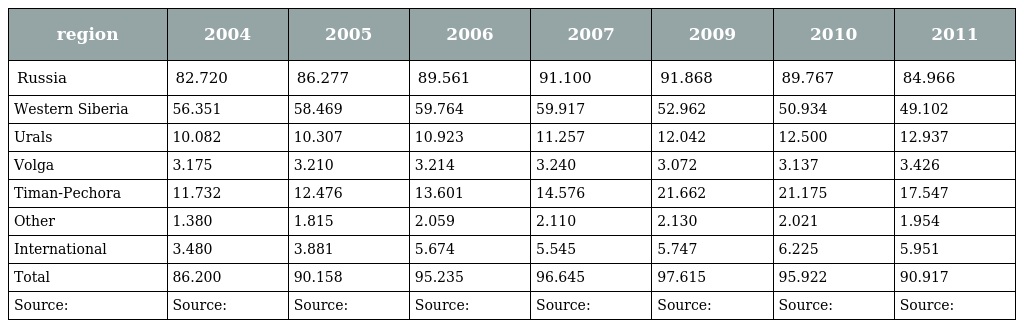
| region | 2004 | 2005 | 2006 | 2007 | 2009 | 2010 | 2011 |
 | --- | --- | --- | --- | --- | --- | --- | --- |
 | Russia | 82.720 | 86.277 | 89.561 | 91.100 | 91.868 | 89.767 | 84.966 |
 | Western Siberia | 56.351 | 58.469 | 59.764 | 59.917 | 52.962 | 50.934 | 49.102 |
 | Urals | 10.082 | 10.307 | 10.923 | 11.257 | 12.042 | 12.500 | 12.937 |
 | Volga | 3.175 | 3.210 | 3.214 | 3.240 | 3.072 | 3.137 | 3.426 |
 | Timan-Pechora | 11.732 | 12.476 | 13.601 | 14.576 | 21.662 | 21.175 | 17.547 |
 | Other | 1.380 | 1.815 | 2.059 | 2.110 | 2.130 | 2.021 | 1.954 |
 | International | 3.480 | 3.881 | 5.674 | 5.545 | 5.747 | 6.225 | 5.951 |
 | Total | 86.200 | 90.158 | 95.235 | 96.645 | 97.615 | 95.922 | 90.917 |
 | Source: | Source: | Source: | Source: | Source: | Source: | Source: | Source: |